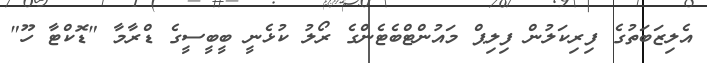
އެލިޒަބަތުގެ ފިރިކަލުން ފިލިޕް މައުންޓްބެޓެންގެ ރޯލު ކުޅެނީ ބީބީސީގެ ޑްރާމާ "ޑޮކްޓާ ހޫ"